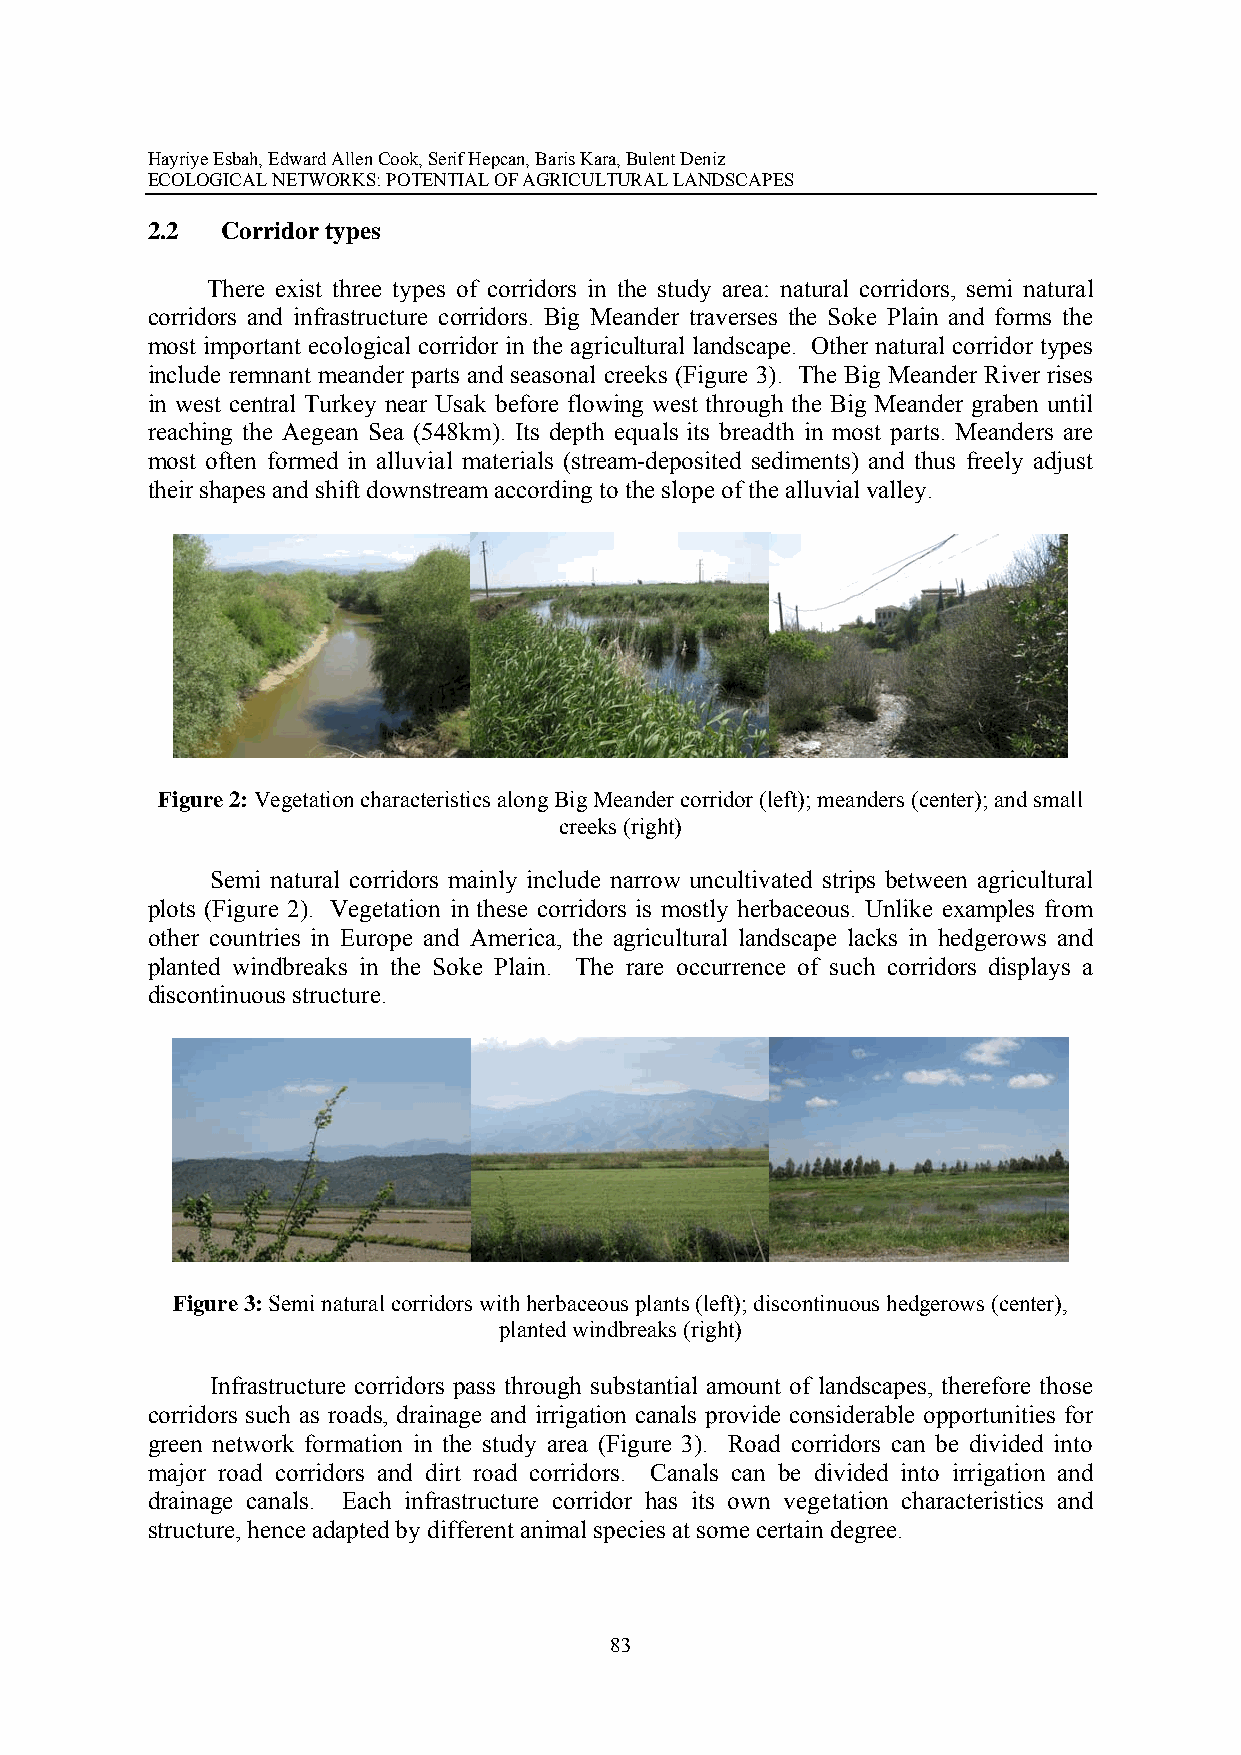
Hayriye Esbah, Edward Allen Cook, Serif Hepcan, Baris Kara, Bulent Deniz
 ECOLOGICAL NETWORKS: POTENTIAL OF AGRICULTURAL LANDSCAPES
 2.2  Corridor types
 There exist three types of corridors in the study area: natural corridors, semi natural
 corridors and infrastructure corridors. Big Meander traverses the Soke Plain and forms the
 most important ecological corridor in the agricultural landscape. Other natural corridor types
 include remnant meander parts and seasonal creeks (Figure 3). The Big Meander River rises
 in west central Turkey near Usak before flowing west through the Big Meander graben until
 reaching the Aegean Sea (548km). Its depth equals its breadth in most parts. Meanders are
 most often formed in alluvial materials (stream-deposited sediments) and thus freely adjust
 their shapes and shift downstream according to the slope of the alluvial valley.
 Figure 2: Vegetation characteristics along Big Meander corridor (left); meanders (center); and small
 creeks (right)
 Semi natural corridors mainly include narrow uncultivated strips between agricultural
 plots (Figure 2). Vegetation in these corridors is mostly herbaceous. Unlike examples from
 other countries in Europe and America, the agricultural landscape lacks in hedgerows and
 planted windbreaks in the Soke Plain. The rare occurrence of such corridors displays a
 discontinuous structure.
 Figure 3: Semi natural corridors with herbaceous plants (left); discontinuous hedgerows (center),
 planted windbreaks (right)
 Infrastructure corridors pass through substantial amount of landscapes, therefore those
 corridors such as roads, drainage and irrigation canals provide considerable opportunities for
 green network formation in the study area (Figure 3). Road corridors can be divided into
 major road corridors and dirt road corridors. Canals can be divided into irrigation and
 drainage canals. Each infrastructure corridor has its own vegetation characteristics and
 structure, hence adapted by different animal species at some certain degree.
 83